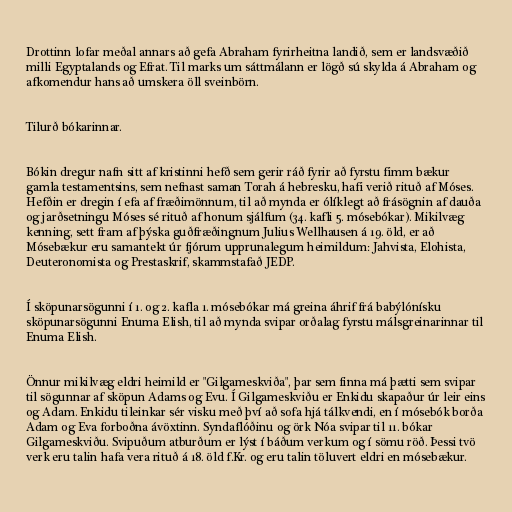
Drottinn lofar meðal annars að gefa Abraham fyrirheitna landið, sem er landsvæðið
milli Egyptalands og Efrat. Til marks um sáttmálann er lögð sú skylda á Abraham og
afkomendur hans að umskera öll sveinbörn.

Tilurð bókarinnar.

Bókin dregur nafn sitt af kristinni hefð sem gerir ráð fyrir að fyrstu fimm bækur
gamla testamentsins, sem nefnast saman Torah á hebresku, hafi verið rituð af Móses.
Hefðin er dregin í efa af fræðimönnum, til að mynda er ólíklegt að frásögnin af dauða
og jarðsetningu Móses sé rituð af honum sjálfum (34. kafli 5. mósebókar). Mikilvæg
kenning, sett fram af þýska guðfræðingnum Julius Wellhausen á 19. öld, er að
Mósebækur eru samantekt úr fjórum upprunalegum heimildum: Jahvista, Elohista,
Deuteronomista og Prestaskrif, skammstafað JEDP.

Í sköpunarsögunni í 1. og 2. kafla 1. mósebókar má greina áhrif frá babýlónísku
sköpunarsögunni Enuma Elish, til að mynda svipar orðalag fyrstu málsgreinarinnar til
Enuma Elish.

Önnur mikilvæg eldri heimild er "Gilgameskviða", þar sem finna má þætti sem svipar
til sögunnar af sköpun Adams og Evu. Í Gilgameskviðu er Enkidu skapaður úr leir eins
og Adam. Enkidu tileinkar sér visku með því að sofa hjá tálkvendi, en í mósebók borða
Adam og Eva forboðna ávöxtinn. Syndaflóðinu og örk Nóa svipar til 11. bókar
Gilgameskviðu. Svipuðum atburðum er lýst í báðum verkum og í sömu röð. Þessi tvö
verk eru talin hafa vera rituð á 18. öld f.Kr. og eru talin töluvert eldri en mósebækur.